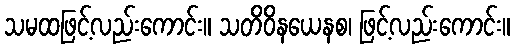
သမထဖြင့်လည်းကောင်း။ သတိဝိနယေနစ၊ ဖြင့်လည်းကောင်း။